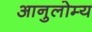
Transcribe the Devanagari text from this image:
आनुलोम्य